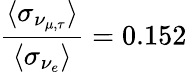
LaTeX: \frac{\langle\sigma_{\nu_{\mu,\tau}}\rangle}{\langle\sigma_{\nu_{e}}\rangle}=0.152